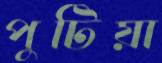
পুটিয়া